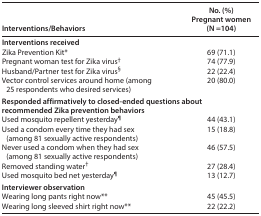
<table><thead><tr><td><b>Interventions/Behaviors</b></td><td><b>No. (%)Pregnant women(N = 104)</b></td></tr></thead><tbody><tr><td colspan="2"><b>Interventions received</b></td></tr><tr><td>Zika Prevention Kit*</td><td>69 (71.1)</td></tr><tr><td><b>Pregnant woman test for Zika virus<sup>†</sup></b></td><td><b>74 (77.9)</b></td></tr><tr><td><b>Husband/Partner test for Zika virus<sup>§</sup></b></td><td><b>22 (22.4)</b></td></tr><tr><td><b>Vector control services around home (among 25 respondents who desired services)</b></td><td><b>20 (80.0)</b></td></tr><tr><td colspan="2">Responded affirmatively to closed-ended questions about recommended Zika prevention behaviors</td></tr><tr><td><b>Used mosquito repellent yesterday<sup>¶</sup></b></td><td><b>44 (43.1)</b></td></tr><tr><td><b>Used a condom every time they had sex (among 81 sexually active respondents)</b></td><td><b>15 (18.8)</b></td></tr><tr><td><b>Never used a condom when they had sex (among 81 sexually active respondents)</b></td><td><b>46 (57.5)</b></td></tr><tr><td><b>Removed standing water<sup>†</sup></b></td><td><b>27 (28.4)</b></td></tr><tr><td><b>Used mosquito bed net yesterday<sup>¶</sup></b></td><td><b>13 (12.7)</b></td></tr><tr><td colspan="2"><b>Interviewer observation</b></td></tr><tr><td>Wearing long pants right now**</td><td>45 (45.5)</td></tr><tr><td>Wearing long sleeved shirt right now**</td><td>22 (22.2)</td></tr></tbody></table>